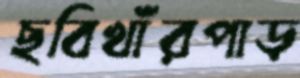
ছবিখাঁরপাড়